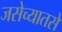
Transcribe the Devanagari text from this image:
जसेच्यातसे